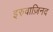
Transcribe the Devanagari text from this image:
इरुवाज़िनद